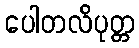
ပေါတလိပုတ္တ